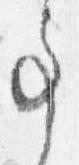
事